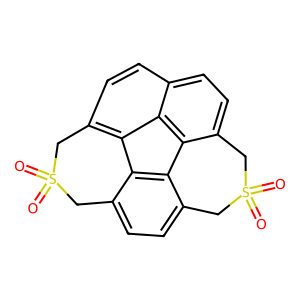
SMILES: O=S1(=O)Cc2ccc3c4c2-c2c(ccc5ccc(c-4c25)CS(=O)(=O)C3)C1
Inhibits HIV replication: No